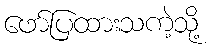
ဖော်ပြထားသကဲ့သို့